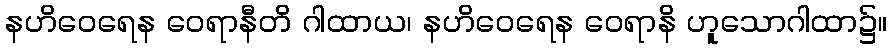
နဟိဝေရေန ဝေရာနီတိ ဂါထာယ၊ နဟိဝေရေန ဝေရာနိ ဟူသောဂါထာ၌။